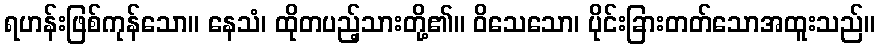
ရဟန်းဖြစ်ကုန်သော။ နေသံ၊ ထိုတပည့်သားတို့၏။ ဝိသေသော၊ ပိုင်းခြားတတ်သောအထူးသည်။